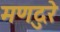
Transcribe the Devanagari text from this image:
मणदुरे